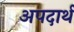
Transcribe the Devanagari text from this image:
अपदार्थ